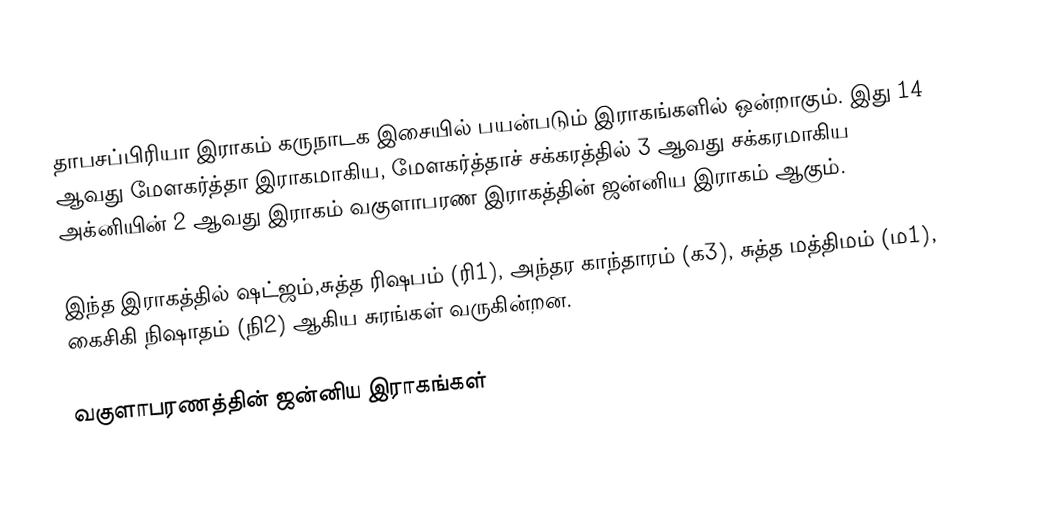
தாபசப்பிரியா இராகம் கருநாடக இசையில் பயன்படும் இராகங்களில் ஒன்றாகும். இது 14 ஆவது மேளகர்த்தா இராகமாகிய, மேளகர்த்தாச் சக்கரத்தில் 3 ஆவது சக்கரமாகிய அக்னியின் 2 ஆவது இராகம் வகுளாபரண இராகத்தின் ஜன்னிய இராகம் ஆகும்.

இந்த இராகத்தில் ஷட்ஜம்,சுத்த ரிஷபம் (ரி1), அந்தர காந்தாரம் (க3), சுத்த மத்திமம் (ம1), கைசிகி நிஷாதம்  (நி2) ஆகிய சுரங்கள் வருகின்றன.

வகுளாபரணத்தின் ஜன்னிய இராகங்கள்